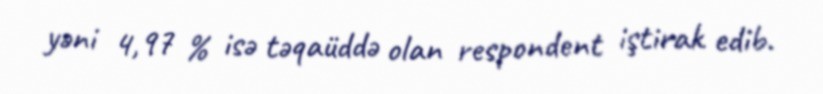
yəni 4,97 % isə təqaüddə olan respondent iştirak edib.